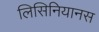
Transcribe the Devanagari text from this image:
लिसिनियानस